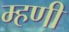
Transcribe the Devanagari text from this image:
म्हणीं